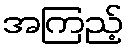
အကြည့်